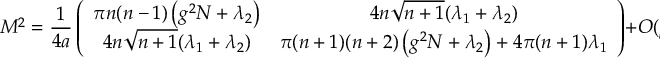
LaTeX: M ^ { 2 } = \frac { 1 } { 4 a } \left( \begin{array} { c c } { { \pi n ( n - 1 ) \left( g ^ { 2 } N + \lambda _ { 2 } \right) } } & { { 4 n \sqrt { n + 1 } ( \lambda _ { 1 } + \lambda _ { 2 } ) } } \\ { { 4 n \sqrt { n + 1 } ( \lambda _ { 1 } + \lambda _ { 2 } ) } } & { { \pi ( n + 1 ) ( n + 2 ) \left( g ^ { 2 } N + \lambda _ { 2 } \right) + 4 \pi ( n + 1 ) \lambda _ { 1 } } } \end{array} \right) + O ( \beta ) \; .